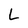
Character: L